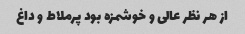
از هر نظر عالی و خوشمزه بود پرملاط و داغ